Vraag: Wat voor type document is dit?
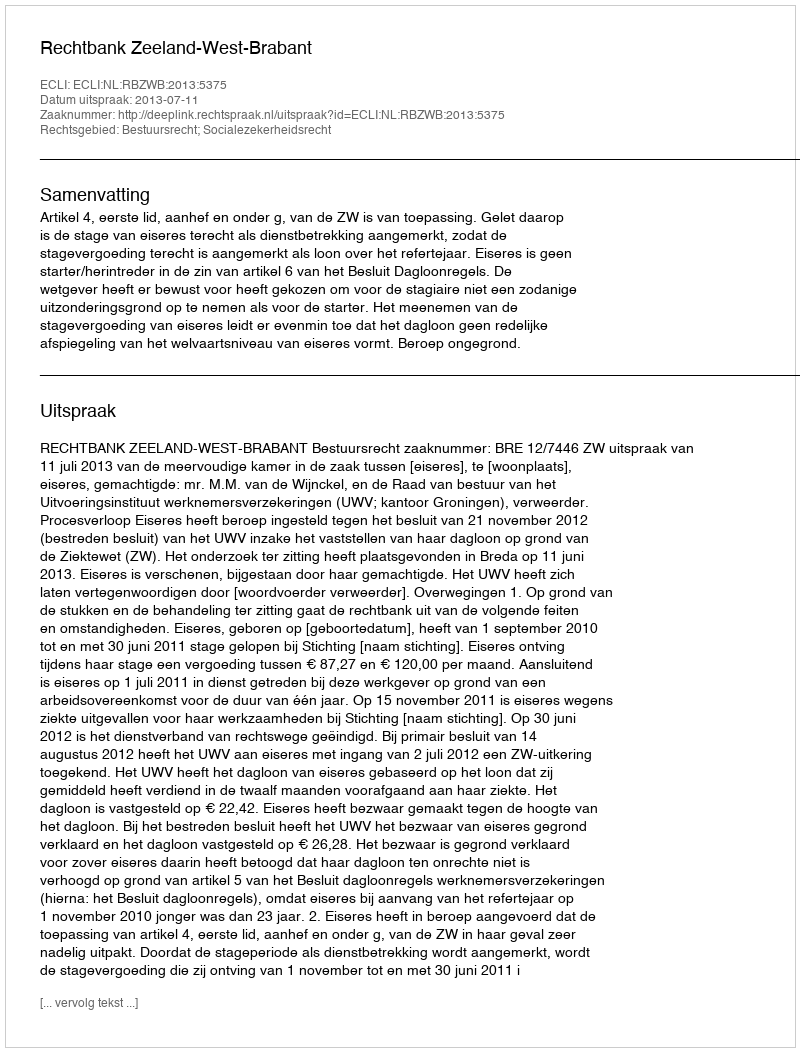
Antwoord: Uitspraak